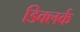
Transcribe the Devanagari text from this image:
डिक्लर्क